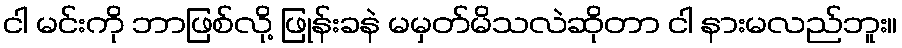
ငါ မင်းကို ဘာဖြစ်လို့ ဖြုန်းခနဲ မမှတ်မိသလဲဆိုတာ ငါ နားမလည်ဘူး။